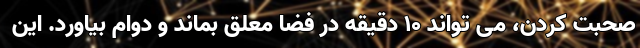
صحبت کردن، می تواند ۱۰ دقیقه در فضا معلق بماند و دوام بیاورد. این